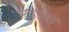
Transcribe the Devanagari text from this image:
स्टीरॉएड्स